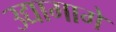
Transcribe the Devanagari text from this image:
उद्यामागे